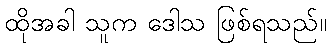
ထိုအခါ သူက ဒေါသ ဖြစ်ရသည်။